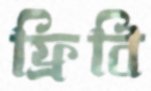
ফ্রিবি